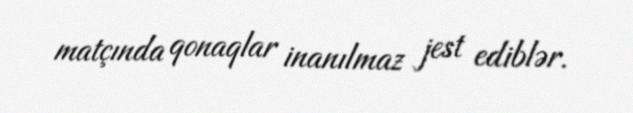
matçında qonaqlar inanılmaz jest ediblər.